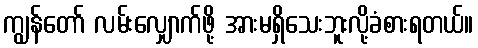
ကျွန်တော် လမ်းလျှောက်ဖို့ အားမရှိသေးဘူးလို့ခံစားရတယ်။